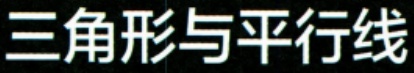
三角形与平行线